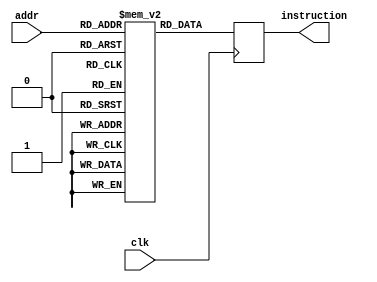
`timescale 1ns / 1ps
//////////////////////////////////////////////////////////////////////////////////
// Company: 
// Engineer: 
// 
// Design Name: 
// Module Name: Instruction_Memory
// Project Name: 
// Target Devices: 
// Tool Versions: 
// Description: 
// 
// Dependencies: 
// 
// Revision:
// Revision 0.01 - File Created
// Additional Comments:
// 
//////////////////////////////////////////////////////////////////////////////////


module Instruction_Memory(
                                    input clk,
                                    input [7:0] addr, //memory is 256 x 32 bits
                                    output reg [31:0] instruction 
                          );
                          
    reg [31:0]MEMORY [255:0];                 
    always @(posedge clk) begin
    
        instruction <= MEMORY[addr];
    
    end              
endmodule